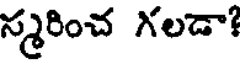
న్మరించ గలడా?